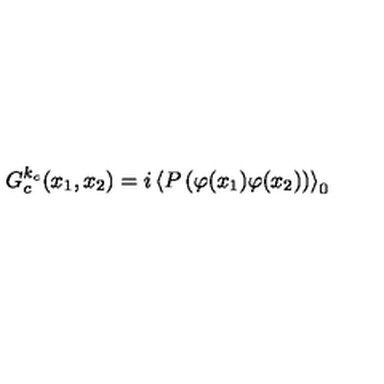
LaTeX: G _ { c } ^ { k _ { c } } ( x _ { 1 } , x _ { 2 } ) = i \left\langle P \left( \varphi ( x _ { 1 } ) \varphi ( x _ { 2 } ) \right) \right\rangle _ { 0 }